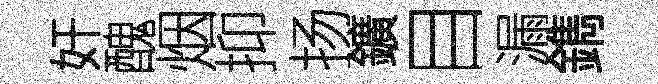
奸醜烟抑扬鑛目漏鐫